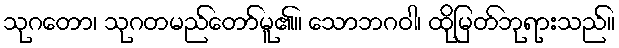
သုဂတော၊ သုဂတမည်တော်မူ၏။ သောဘဂဝါ၊ ထိုမြတ်ဘုရားသည်။